38_143685_box_Incident_Summaries_101-172
Agency: Department of War
Page 2
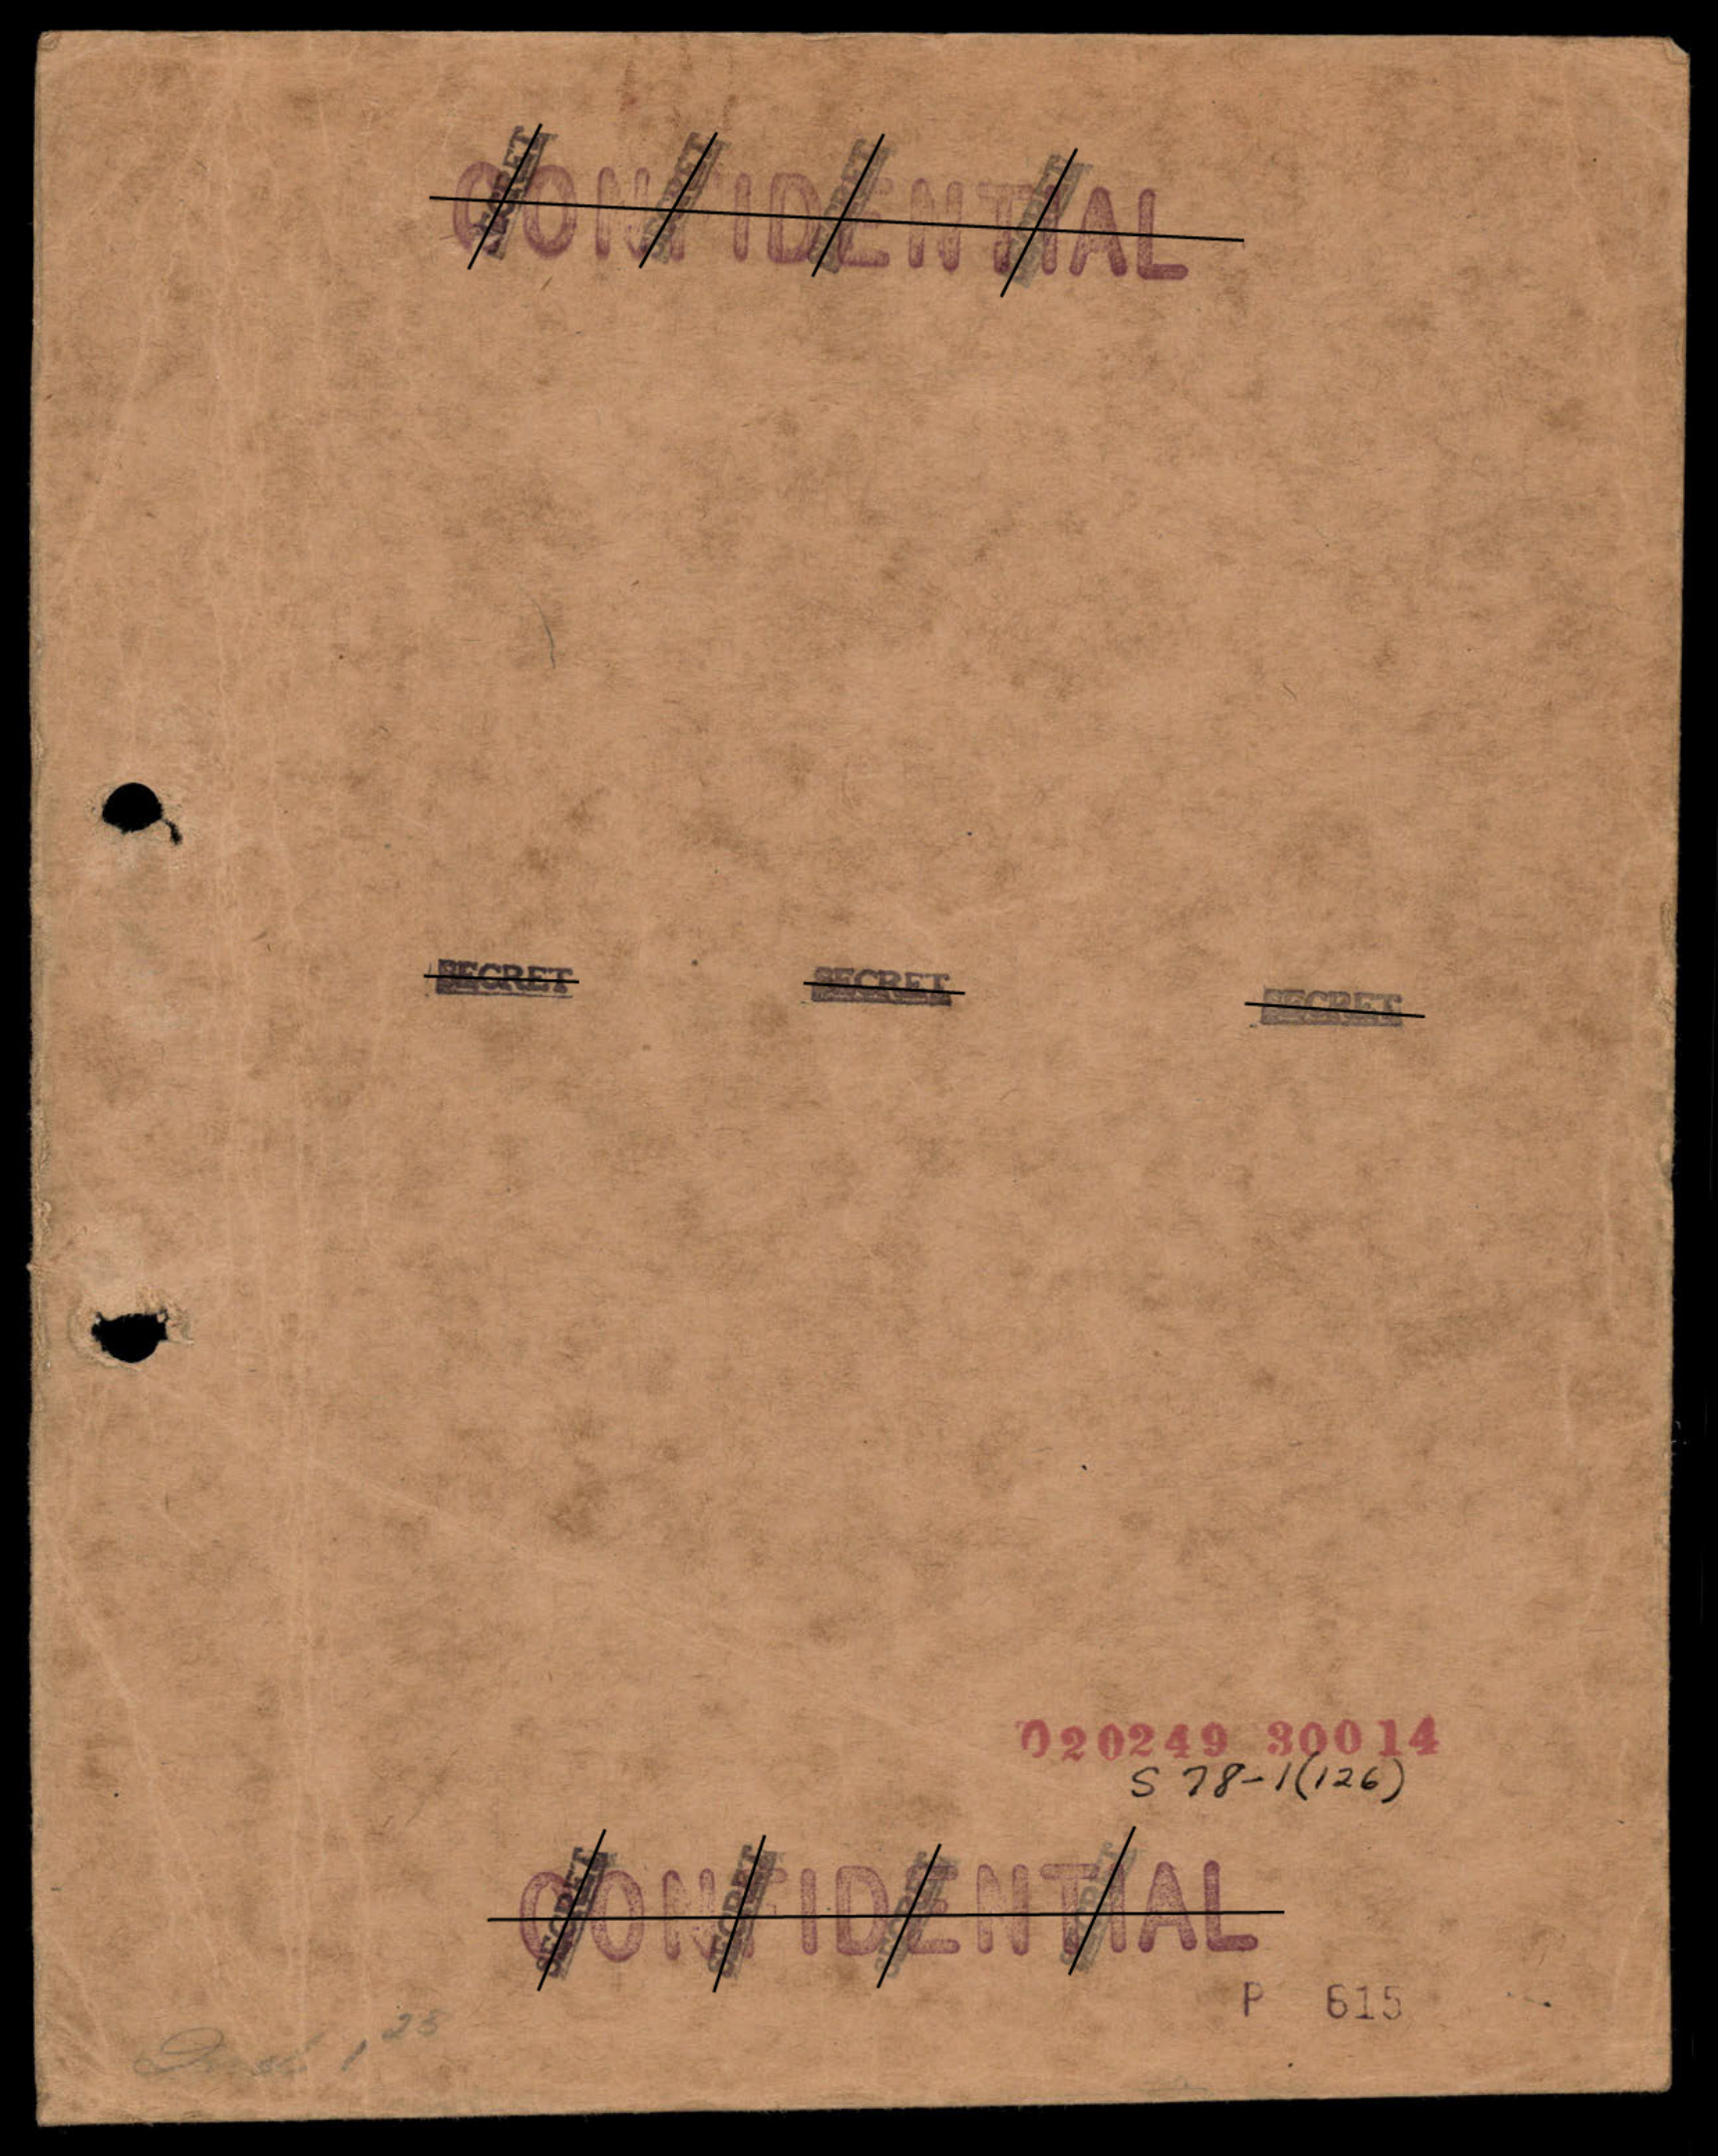